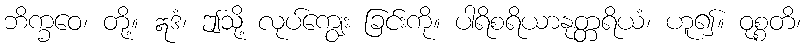
ဘိက္ခဝေ၊ တို့။ ဣဒံ၊ ဤသို့ လုပ်ကျွေး ခြင်းကို။ ပါရိစရိယာနုတ္တရိယံ၊ ဟူ၍။ ဝုစ္စတိ၊